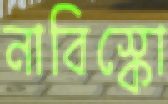
নাবিস্কো